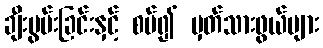
ချီးမွမ်းခြင်းနှင့် စပ်၍ မှတ်သားဖွယ်များ